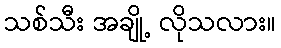
သစ်သီး အချို့ လိုသလား။